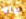
لعلها